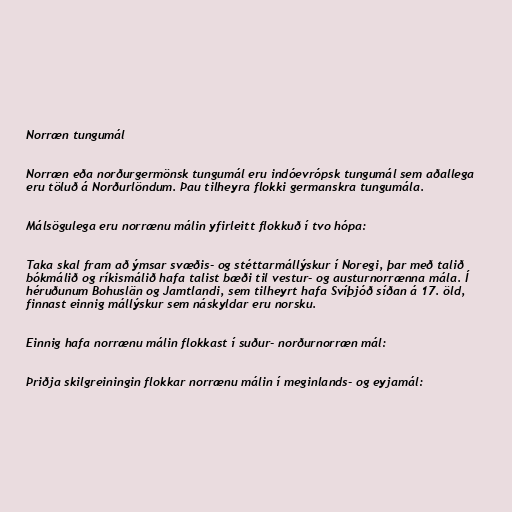
Norræn tungumál

Norræn eða norðurgermönsk tungumál eru indóevrópsk tungumál sem aðallega
eru töluð á Norðurlöndum. Þau tilheyra flokki germanskra tungumála.

Málsögulega eru norrænu málin yfirleitt flokkuð í tvo hópa:

Taka skal fram að ýmsar svæðis- og stéttarmállýskur í Noregi, þar með talið
bókmálið og ríkismálið hafa talist bæði til vestur- og austurnorrænna mála. Í
héruðunum Bohuslän og Jamtlandi, sem tilheyrt hafa Svíþjóð síðan á 17. öld,
finnast einnig mállýskur sem náskyldar eru norsku.

Einnig hafa norrænu málin flokkast í suður- norðurnorræn mál:

Þriðja skilgreiningin flokkar norrænu málin í meginlands- og eyjamál: